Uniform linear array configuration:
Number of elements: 32
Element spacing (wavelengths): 0.25
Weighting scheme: exponential
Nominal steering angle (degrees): -45
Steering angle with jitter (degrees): -46.179
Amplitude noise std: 0.05
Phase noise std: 0.05

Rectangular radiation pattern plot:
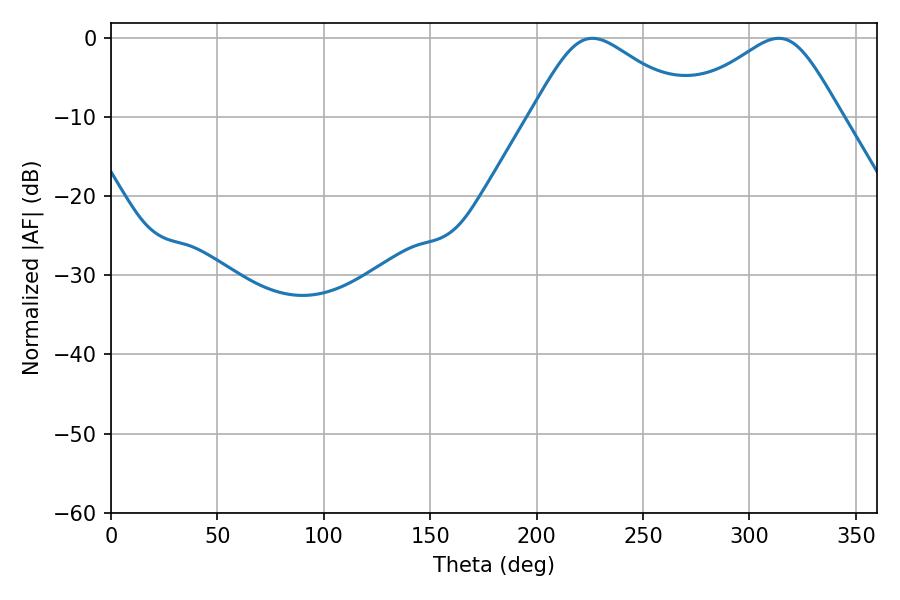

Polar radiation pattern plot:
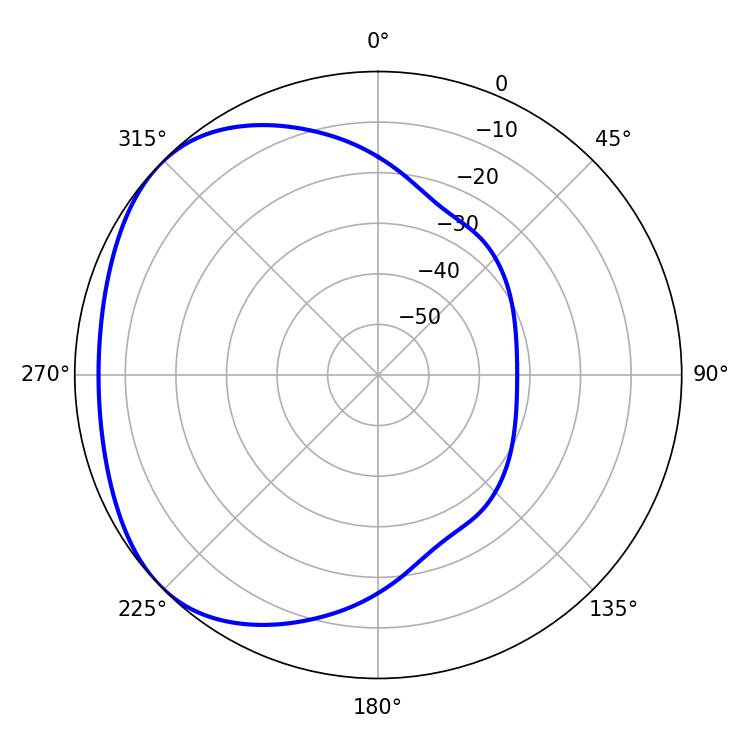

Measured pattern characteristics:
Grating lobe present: FALSE
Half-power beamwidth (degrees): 37.44
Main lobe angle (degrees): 226.26